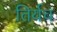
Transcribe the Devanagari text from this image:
तिर्यच